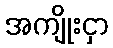
အကျိုးငှာ